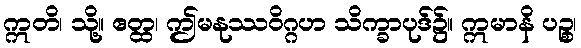
ဣတိ၊ သို့။ ဧတ္ထ၊ ဤမနုဿဝိဂ္ဂဟ သိက္ခာပုဒ်၌။ ဣမာနိ ပဉ္စ၊